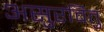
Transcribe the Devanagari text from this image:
असुरवितु